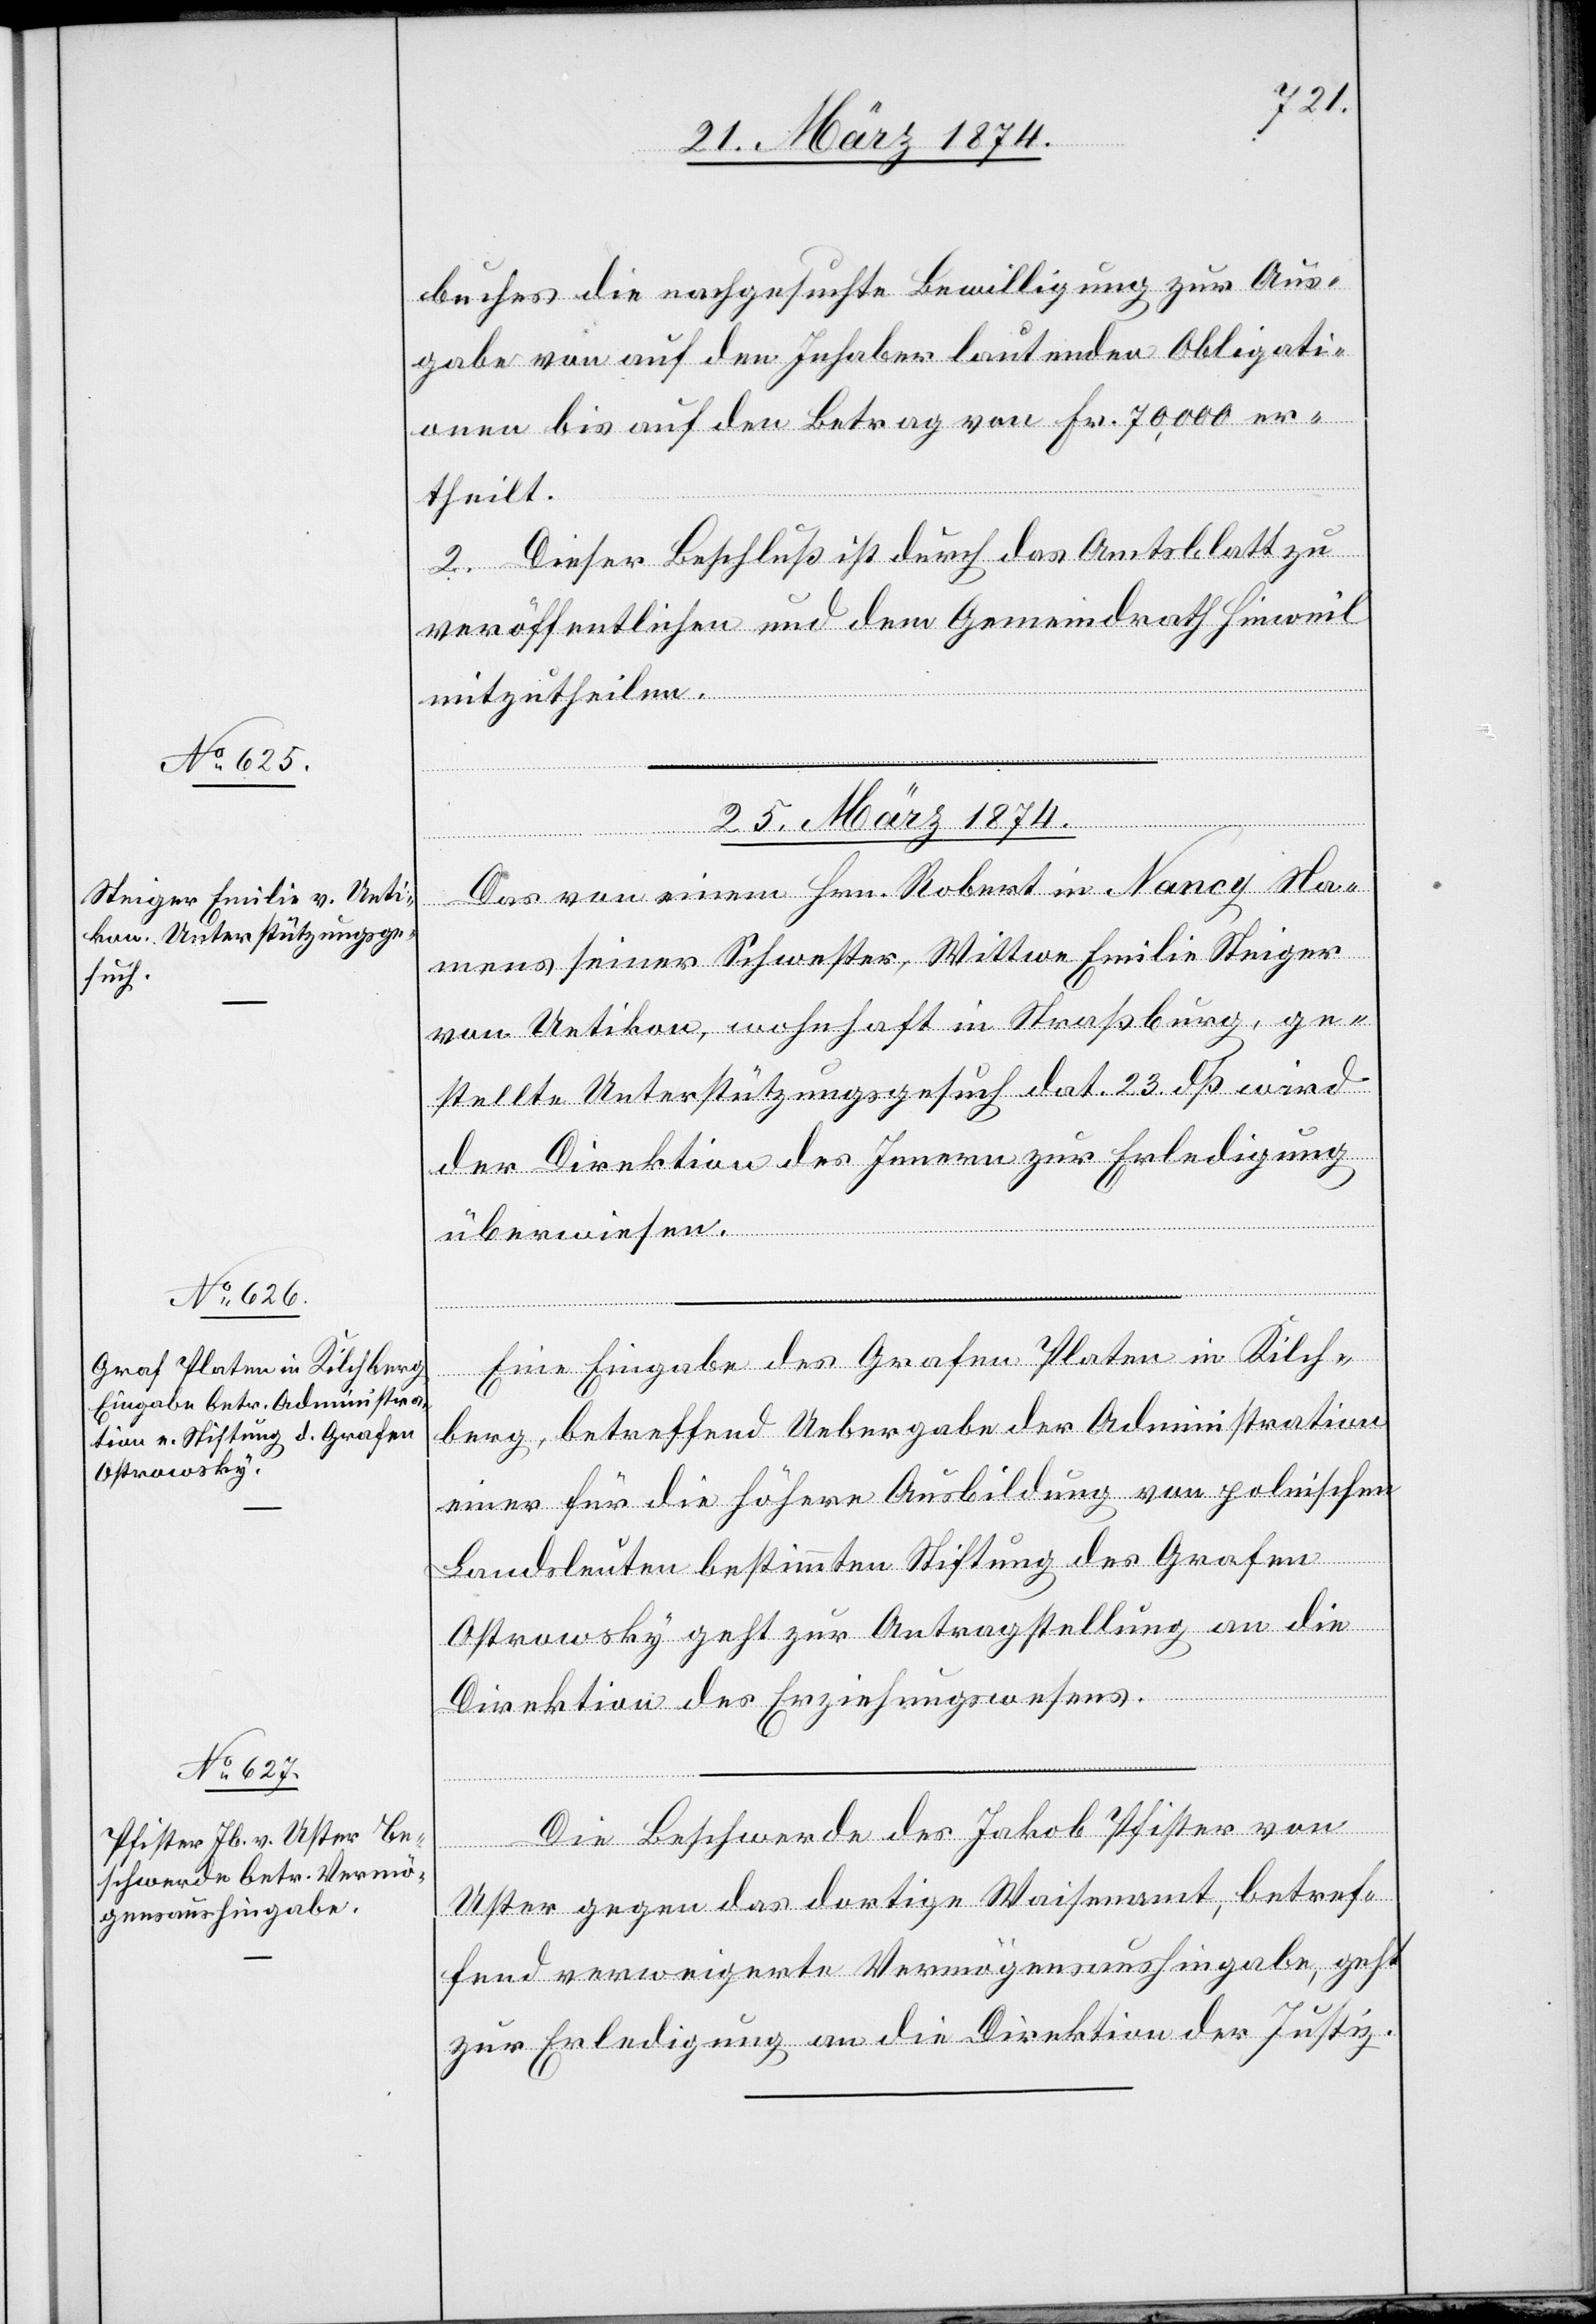
buches die nachgesuchte Bewilligung zur Aus¬
gabe von auf den Inhaber lautenden Obligati¬
onen bis auf den Betrag von Fr. 70,000 er¬
theilt.
2. Dieser Beschluß ist durch das Amtsblatt zu
veröffentlichen und dem Gemeindrath Hinweil
mitzutheilen.
25. März 1874.]
Das von einem Hrn. Robert in Nancy Na¬
mens seiner Schwester, Wittwe Emilie Steiger
von Uetikon, wohnhaft in Straßburg, ge¬
stellte Unterstützungsgesuch dat. 23. dß wird
der Direktion des Innern zur Erledigung
überwiesen.
Eine Eingabe des Grafen Platen in Kilch¬
berg, betreffend Uebergabe der Administration
einer für die höhere Ausbildung von polnischen
Landsleuten bestimmten Stiftung des Grafen
Ostrowsky geht zur Antragstellung an die
Direktion des Erziehungswesens.
Die Beschwerde des Jakob Pfister von
Uster gegen das dortige Waisenamt, betref¬
fend verweigerte Vermögensaushingabe, geht
zur Erledigung an die Direktion der Justiz.